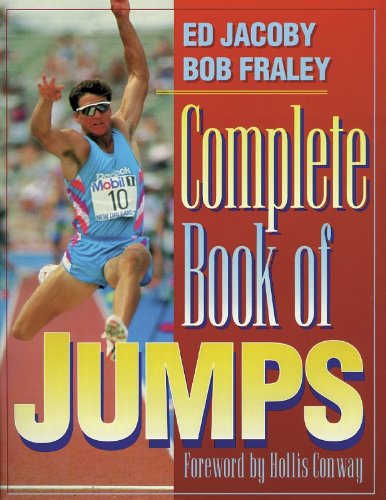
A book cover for Complete Book of Jumps; Ed Jacoby; Sports & Outdoors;